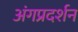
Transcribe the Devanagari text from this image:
अंगप्रदर्शन